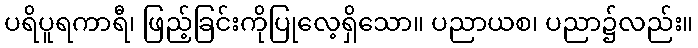
ပရိပူရကာရီ၊ ဖြည့်ခြင်းကိုပြုလေ့ရှိသော။ ပညာယစ၊ ပညာ၌လည်း။